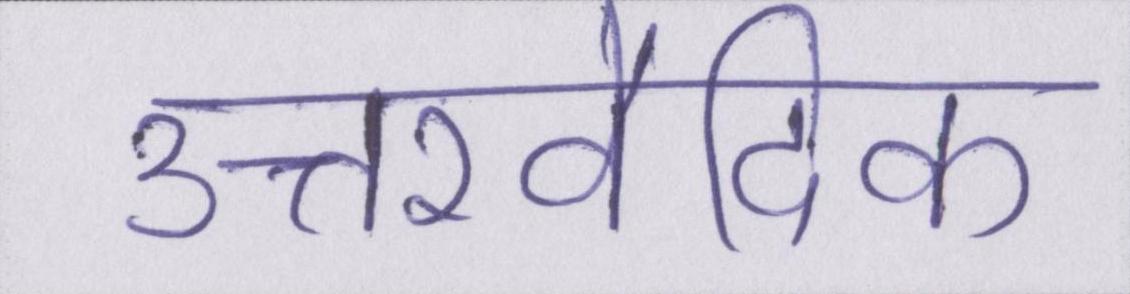
उत्तरवैदिक